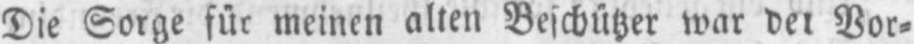
Die Sorge für meinen alten Beschützer war der Vor⸗